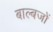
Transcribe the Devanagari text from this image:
बाल्बजों